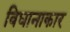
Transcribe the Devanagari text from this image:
विधानाकार